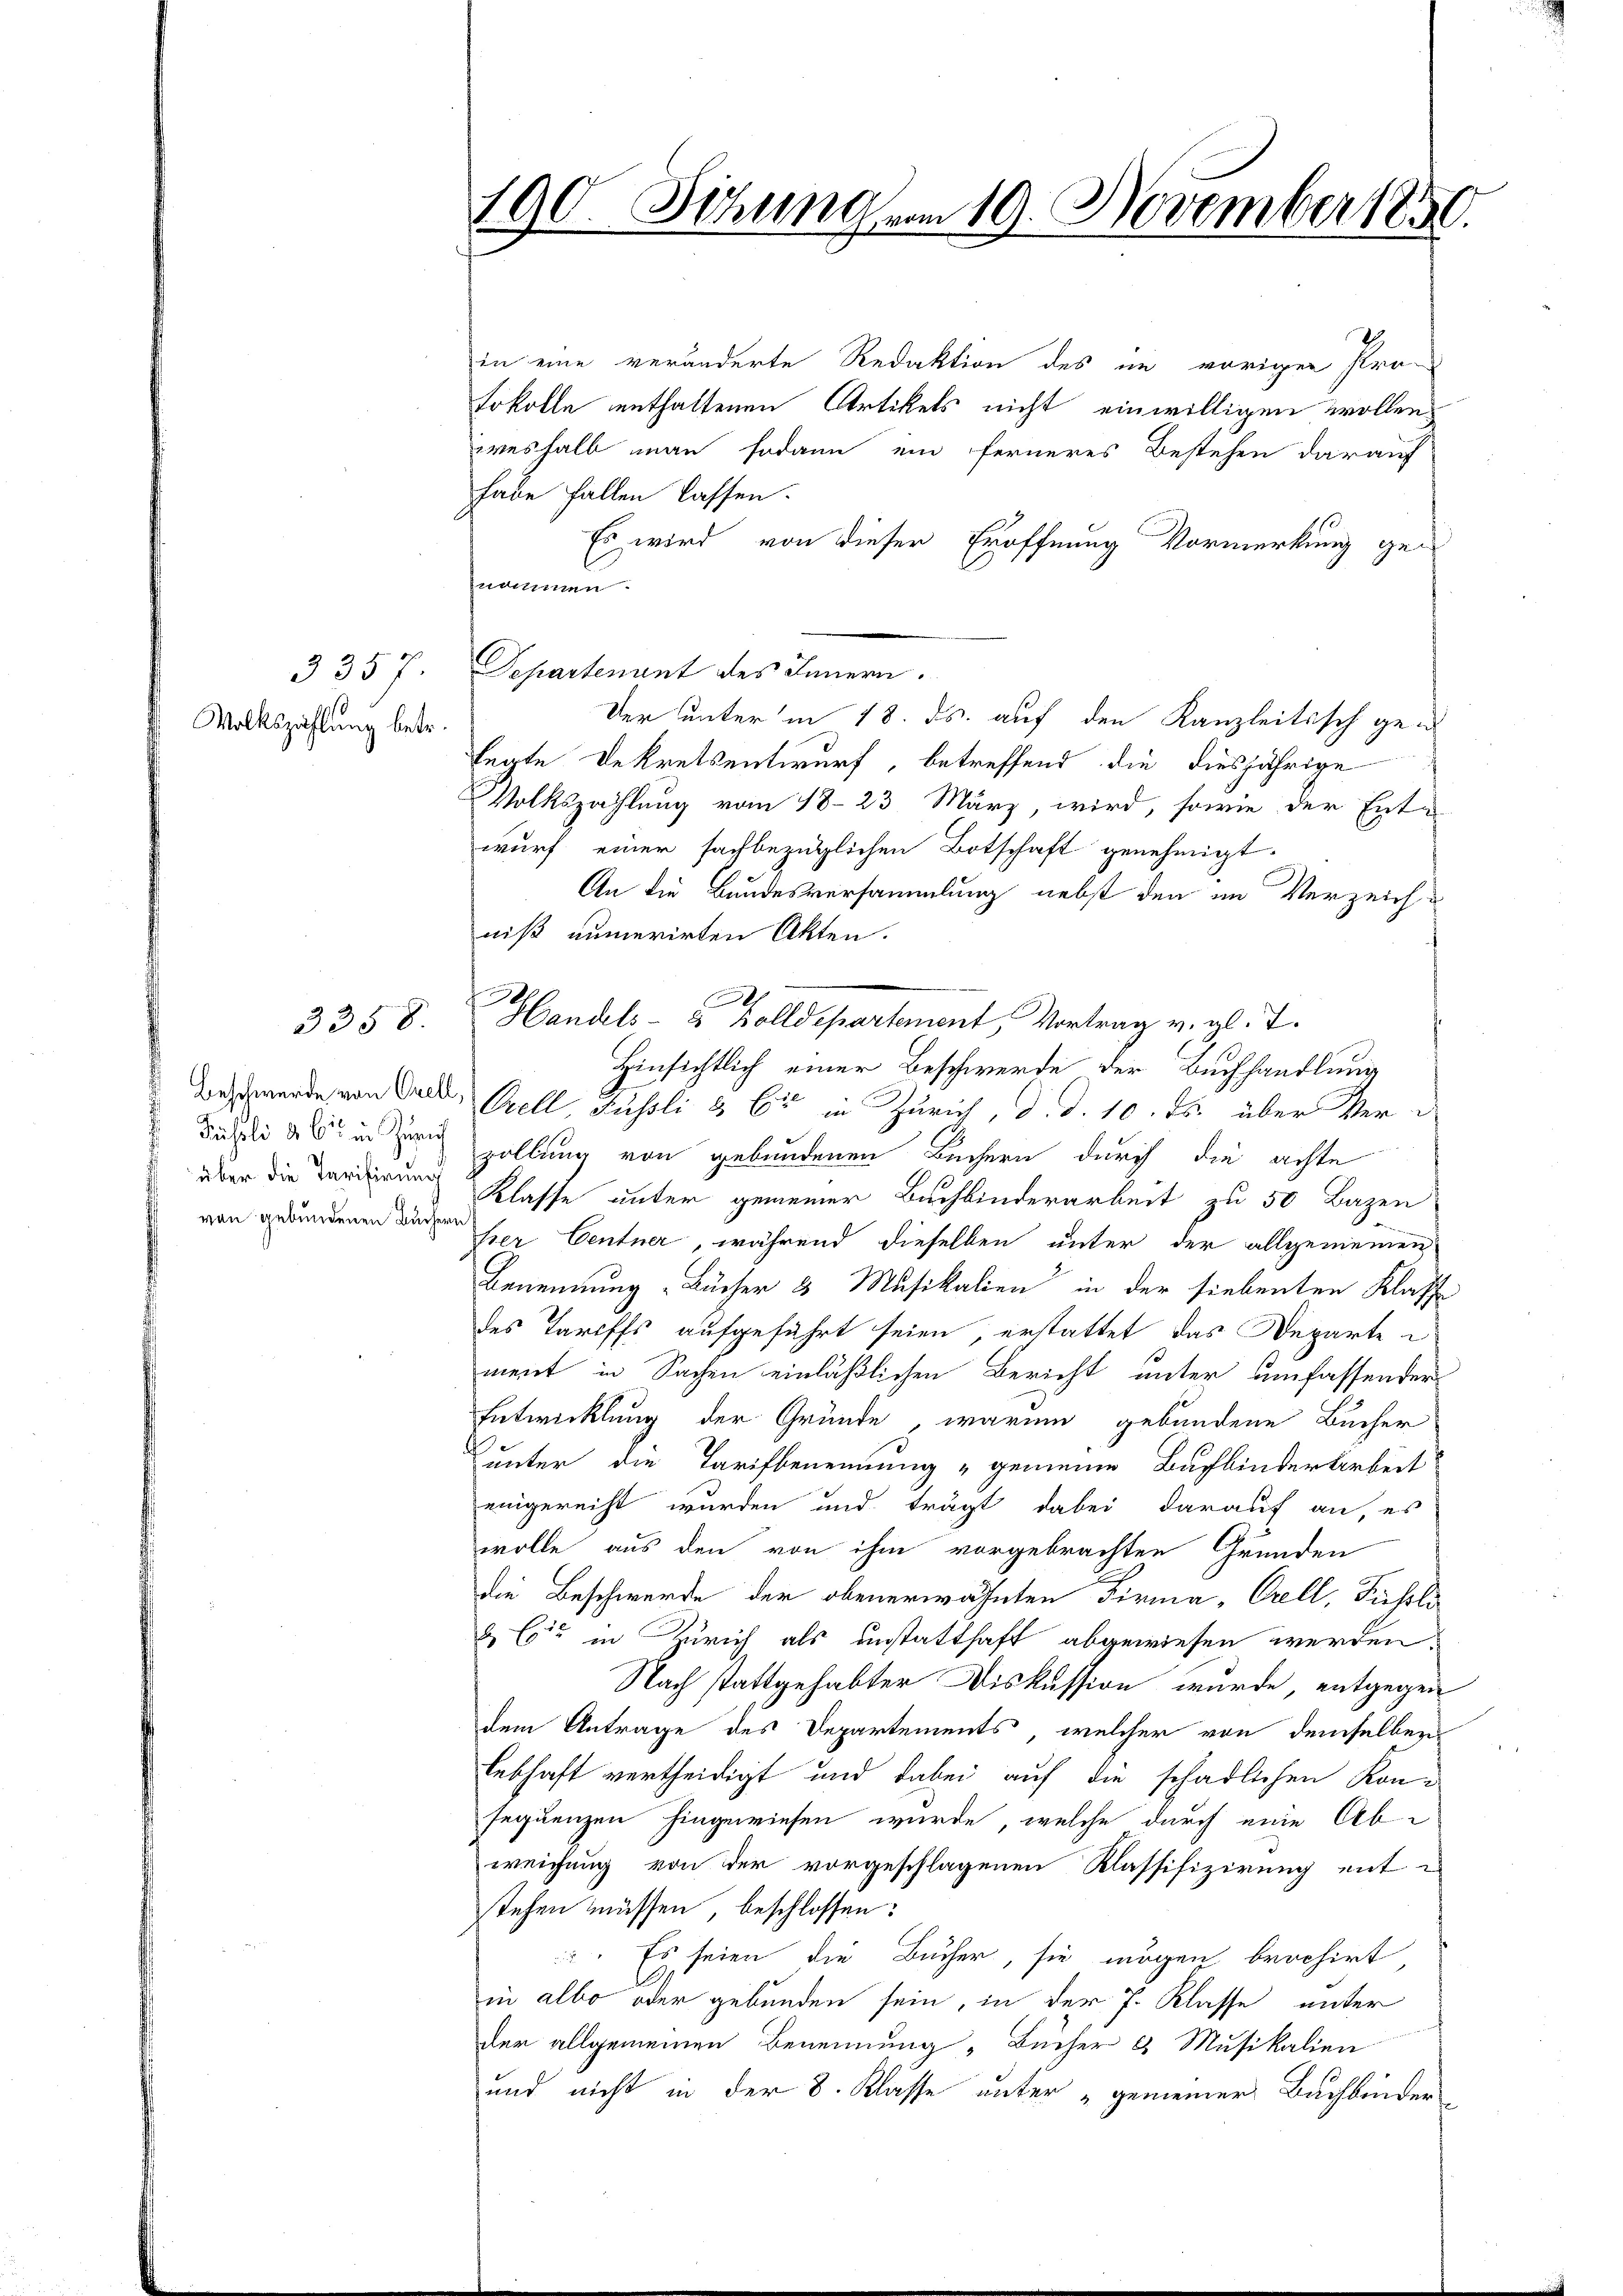
3357
Volkszählung betr.

3358.

Püsili d. 6te in Zürich
über die Tarifirung
von gebundenen Büchern

in eine veränderte Redaktion des in vorigen Pro-
tokolle enthaltenen Artikels nicht einwilligen wollen.
weshalb man sodann ein ferneres Bestehen darauf
habe fallen lassen.
Es wird von dieser Eröffnung Vormerkung genommen.
Separtenant des Innern.
Der unter in 18. ds. auf den Kanzleitisch gen
fegte Dekretsentwurf, betreffend die diesjährige
Volkszahlung vom 18. 23 März, wird, sowie der Ente
wurf einer sachbezüglichen Botschaft genehmigt.
An die Bundesversammlung nebst den im Verzeichniß numerirten Akten.
h
Handels- & Bolldepartement, Vortrag v. gl. T.
Hinsichtlich einer Beschwerde der Buchhandlung
Bezt werde von Wald, Prell, Russli & Cie in Zürich, d. d. 10. ds. über verzollung von gebundenen Büchern durch die achte
Klasse unter gemeiner Bachbinderarbeit zu 50 Bazen
hier Centner, während dieselben unter der allgemeinen
Benennung „Bücher & Musikalien in der siebenten Klasse
des Tariffs aufgeführt seien, erstattet das Departe
ment in Sachen einläßlichen Bericht unter umfassender
Entwicklung der Gründe, warum gebundene Bücher
unter die Tarifbenennung „gemeine Buchbinderarbeit
eingereiht wurden und trägt dabei darauf an, es
wolle aus den von ihm vorgebrachten Gründen
die Beschwerde der obenerwähnten Firma, Orell, Fisoli
& Cie in Zürich als unstatthaft abgewiesen werden.
Nach stattgehabter Diskussion wurde, entgegen
dem Antrage des Departements, welcher von demselben
lebhaft vertheidigt und dabei auf die schädlichen Konsequenzen hingewiesen wurde, welche durch eine Abweichung von der vorgeschlagenen Klassifizirung ent-
stehen müssen, beschlossen:
 Es seien die Bucher, sie mögen brochirt
in albo oder gebunden sein, in der J. Klasse unter
der allgemeinen Benennung "Bücher u. Musikalien
und nicht in der 8. Klasse unter „gemeiner Bachbinder

190. Sitzung vom 19. November 185

t